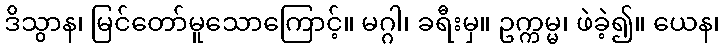
ဒိသွာန၊ မြင်တော်မူသောကြောင့်။ မဂ္ဂါ၊ ခရီးမှ။ ဥက္ကမ္မ၊ ဖဲခဲ့၍။ ယေန၊